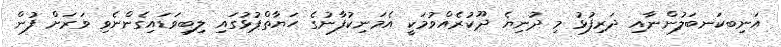
އަނިބކަނބަލުންނާއި ދަރިފުޅު މި ދުނިޔެ ދޫކުރެއްވުމަކީ އެމަނިކުފާނުގެ ޙަޔާތްޕުޅުގައި ލިބިވަޑައިގެންނެވި ވަރަށް ފުން